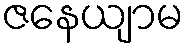
ဇနေယျာမ